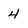
Character: 4